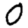
Digit: 0